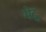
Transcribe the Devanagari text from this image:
भेदु